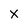
Character: x